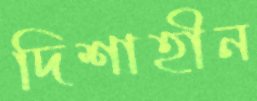
দিশাহীন